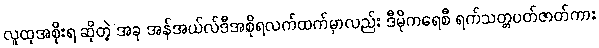
လူထုအစိုးရ ဆိုတဲ့ အခု အန်အယ်လ်ဒီအစိုရလက်ထက်မှာလည်း ဒီမိုကရေစီ ရက်သတ္တပတ်ဇာတ်ကား